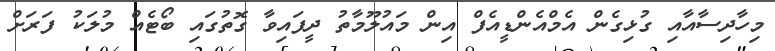
މިހާދިސާއާއި ގުޅިގެން އެމްއެންޑީއެފް އިން މައުލޫމާތު ދީފައިވާ ގޮތުގައި ބޯޓެއް މުލަކު ފަރަށް